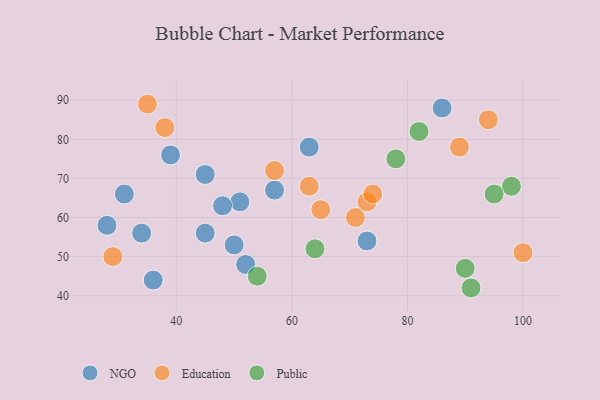
{"axis": {"x": "GDP", "y": "Life Expectancy"}, "legend": ["Education", "NGO", "Public"], "data": [{"x": "51", "y": 64, "type": "NGO"}, {"x": "28", "y": 58, "type": "NGO"}, {"x": "63", "y": 78, "type": "NGO"}, {"x": "57", "y": 67, "type": "NGO"}, {"x": "86", "y": 88, "type": "NGO"}, {"x": "36", "y": 44, "type": "NGO"}, {"x": "52", "y": 48, "type": "NGO"}, {"x": "39", "y": 76, "type": "NGO"}, {"x": "73", "y": 54, "type": "NGO"}, {"x": "31", "y": 66, "type": "NGO"}, {"x": "45", "y": 71, "type": "NGO"}, {"x": "48", "y": 63, "type": "NGO"}, {"x": "50", "y": 53, "type": "NGO"}, {"x": "34", "y": 56, "type": "NGO"}, {"x": "45", "y": 56, "type": "NGO"}, {"x": "63", "y": 68, "type": "Education"}, {"x": "73", "y": 64, "type": "Education"}, {"x": "29", "y": 50, "type": "Education"}, {"x": "35", "y": 89, "type": "Education"}, {"x": "89", "y": 78, "type": "Education"}, {"x": "74", "y": 66, "type": "Education"}, {"x": "38", "y": 83, "type": "Education"}, {"x": "65", "y": 62, "type": "Education"}, {"x": "100", "y": 51, "type": "Education"}, {"x": "94", "y": 85, "type": "Education"}, {"x": "71", "y": 60, "type": "Education"}, {"x": "57", "y": 72, "type": "Education"}, {"x": "82", "y": 82, "type": "Public"}, {"x": "78", "y": 75, "type": "Public"}, {"x": "98", "y": 68, "type": "Public"}, {"x": "64", "y": 52, "type": "Public"}, {"x": "54", "y": 45, "type": "Public"}, {"x": "91", "y": 42, "type": "Public"}, {"x": "95", "y": 66, "type": "Public"}, {"x": "90", "y": 47, "type": "Public"}]}